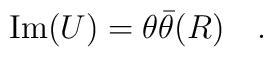
{\rm Im}(U) = \theta \bar{\theta}  (R)\quad.